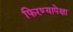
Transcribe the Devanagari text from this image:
फिरण्यापेक्षा